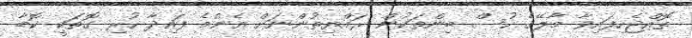
ތޮއްޖެހިފައިވާ މާލޭގެ ހުސް ބިންތަކުން ރައްޔިތުންނަށް އެންމެ ފައިދާ ހުރި ގޮތަކީ ކޮބާ